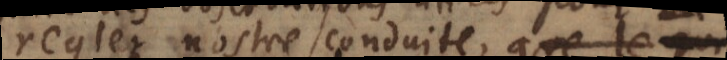
regler nostre conduite, qui sont